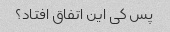
پس کی این اتفاق افتاد؟